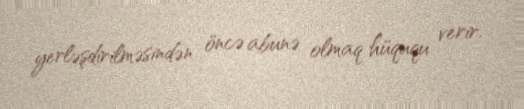
yerləşdirilməsindən öncə abunə olmaq hüququ verir.